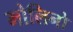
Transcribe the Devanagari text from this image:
मोलिनो